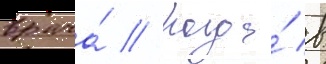
врача́ // Когда́ в